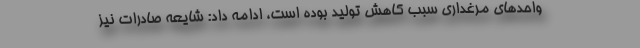
واحدهای مرغداری سبب کاهش تولید بوده است، ادامه داد: شایعه صادرات نیز